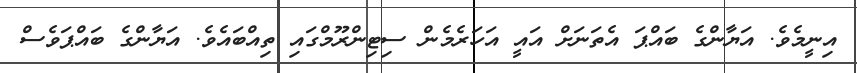
އިނީމެވެ. އަޔާންގެ ބައްޕަ އެތަނަށް އައީ އަހަރެމެން ސިޓިންރޫމްގައި ތިއްބައެވެ. އަޔާންގެ ބައްޕަވެސް